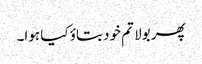
پھر بولا تم خود بتاؤ کیا ہوا۔